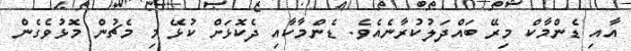
އާއި ޑެންމާކް މިރޭ ބައްދަލުކުރާނެއެވެ. ޑެންމާކާއި ދެކޮޅަށް ކުޅޭ މި މެޗުން މޮޅުވެގެން